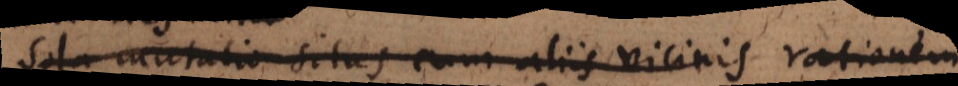
ola mutatio situs cum aliis vicinis rationem